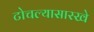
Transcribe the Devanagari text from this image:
टोचल्यासारखे